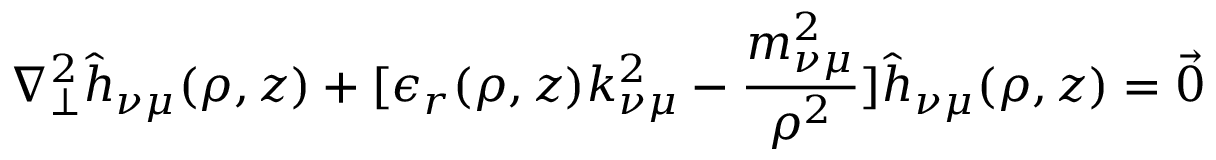
\nabla _ { \perp } ^ { 2 } \hat { h } _ { \nu \mu } ( \rho , z ) + [ \epsilon _ { r } ( \rho , z ) k _ { \nu \mu } ^ { 2 } - \frac { m _ { \nu \mu } ^ { 2 } } { \rho ^ { 2 } } ] \hat { h } _ { \nu \mu } ( \rho , z ) = { \vec { 0 } }